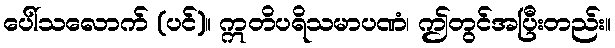
ပေါ်သလောက် (ပင်)။ ဣတိပရိသမာပဏံ၊ ဤတွင်အပြီးတည်း။